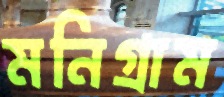
মনিগ্রাম